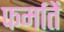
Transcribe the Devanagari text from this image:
फर्मातें